Calcutta medical institutions reports 1879-81 [i.e.91]
Year: 1879
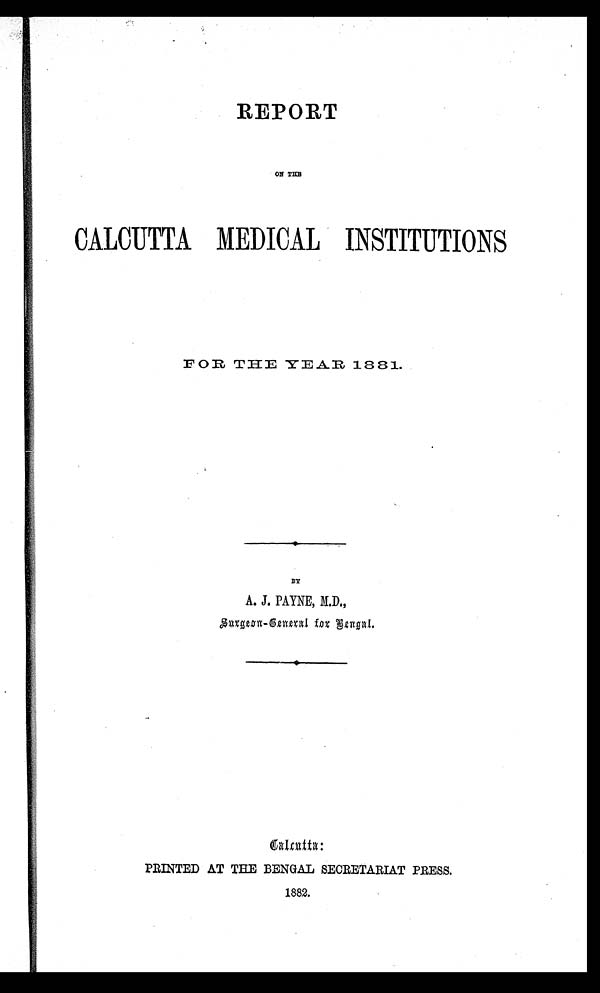
REPORT
ON THE
CALCUTTA MEDICAL INSTITUTIONS
FOR THE YEAR 1881
.
BY
A. J. PAYNE, M.D.,
Surgeon-General for Bengal.
Calcutta:
PRINTED AT THE BENGAL SECRETARIAT PRESS.
1882.